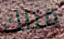
قتلك